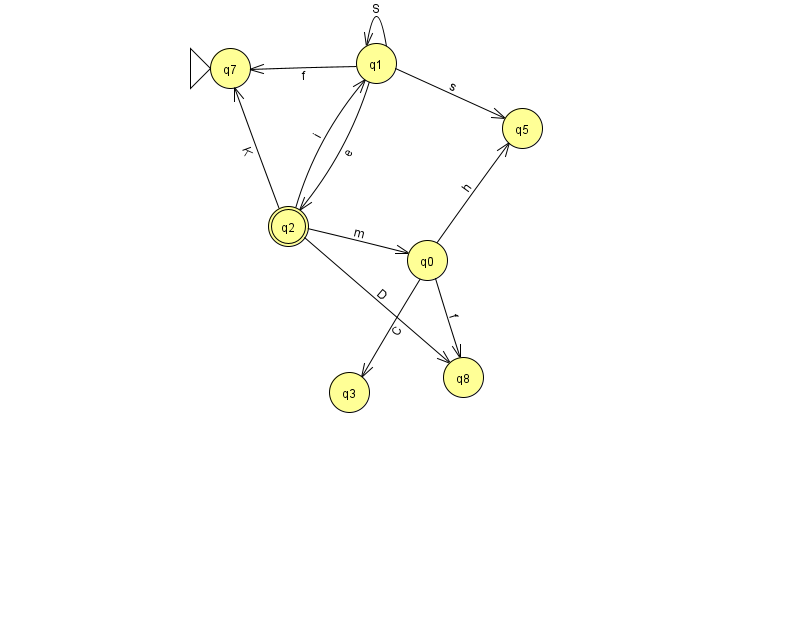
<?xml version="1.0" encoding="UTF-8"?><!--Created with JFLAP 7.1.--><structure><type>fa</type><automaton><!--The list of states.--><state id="0" name="q0"><x>427.0</x><y>247.0</y></state><state id="1" name="q1"><x>376.0</x><y>50.0</y></state><state id="2" name="q2"><x>288.0</x><y>213.0</y><final/></state><state id="3" name="q3"><x>349.0</x><y>379.0</y></state><state id="5" name="q5"><x>522.0</x><y>115.0</y></state><state id="7" name="q7"><x>230.0</x><y>55.0</y><initial/></state><state id="8" name="q8"><x>463.0</x><y>364.0</y></state><!--The list of transitions.--><transition><from>1</from><to>2</to><read>e</read></transition><transition><from>1</from><to>5</to><read>s</read></transition><transition><from>1</from><to>1</to><read>S</read></transition><transition><from>2</from><to>7</to><read>K</read></transition><transition><from>2</from><to>8</to><read>D</read></transition><transition><from>0</from><to>8</to><read>f</read></transition><transition><from>1</from><to>7</to><read>f</read></transition><transition><from>2</from><to>0</to><read>m</read></transition><transition><from>2</from><to>1</to><read>i</read></transition><transition><from>0</from><to>5</to><read>h</read></transition><transition><from>0</from><to>3</to><read>C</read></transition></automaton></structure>